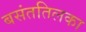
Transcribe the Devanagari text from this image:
बसंततिलका